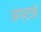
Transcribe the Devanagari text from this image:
अंग्रज़ो